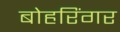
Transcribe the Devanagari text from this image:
बोहरिंगर